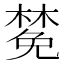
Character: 𪳟